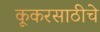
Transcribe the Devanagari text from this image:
कूकरसाठीचे